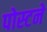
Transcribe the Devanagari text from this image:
पोस्टने